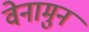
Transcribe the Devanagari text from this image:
वेनामुन